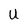
Character: U